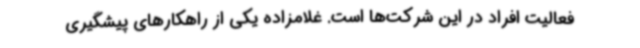
فعالیت افراد در این شرکت‌ها است. غلامزاده یکی از راهکارهای پیشگیری